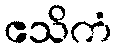
ဧသိကံ